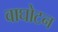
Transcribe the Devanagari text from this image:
वाघोटन